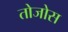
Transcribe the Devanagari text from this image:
तोजोस